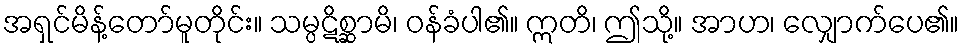
အရှင်မိန့်တော်မူတိုင်း။ သမ္ပဋိစ္ဆာမိ၊ ဝန်ခံပါ၏။ ဣတိ၊ ဤသို့။ အာဟ၊ လျှောက်ပေ၏။